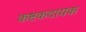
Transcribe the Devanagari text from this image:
कष्टकदायक